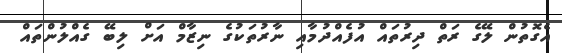
އެގޮތުން ލޭގެ ރަތް ދިރުތައް އުފެއްދުމާއި ނާރުތަކުގެ ނިޒާމް އަށް ލިބޭ ގެއްލުންތައް